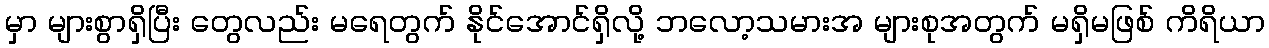
မှာ များစွာရှိပြီး တွေလည်း မရေတွက် နိုင်အောင်ရှိလို့ ဘလော့သမားအ များစုအတွက် မရှိမဖြစ် ကိရိယာ